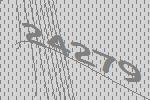
24279